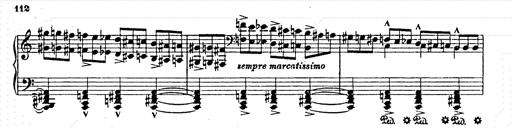
Title: AnnÃ©es de pÃ¨lerinage II
Composer: Franz Liszt